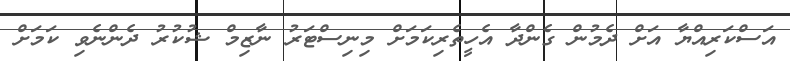
އަސްކަރިއްޔާ އަށް ދެމުން ގެންދާ އެހީތެރިކަމަށް މިނިސްޓަރު ނާޒިމް ޝުކުރު ދެންނެވި ކަމަށް